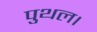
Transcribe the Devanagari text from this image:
पुथल।